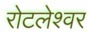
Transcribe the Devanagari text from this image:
रोटलेश्वर